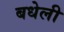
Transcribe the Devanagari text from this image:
बधेली